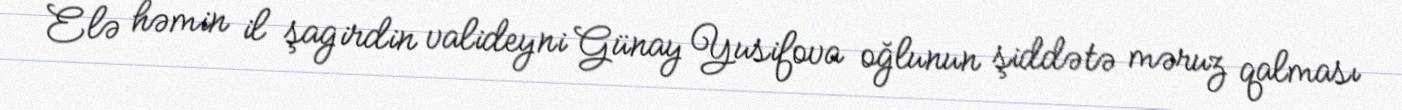
Elə həmin il şagirdin valideyni Günay Yusifova oğlunun şiddətə məruz qalması